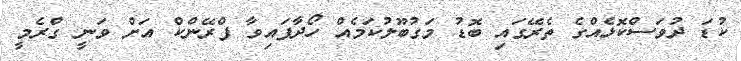
ކުޑަ ދުވަސްކޮޅެއްގެ ތެރޭގައި ބޮޑު މަގުބޫލުކަމެއް ހޯދާފައިވާ ފްރޭންކް އަށް ވަނީ ގްރެމީ